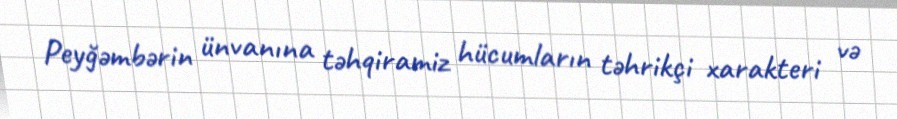
Peyğəmbərin ünvanına təhqiramiz hücumların təhrikçi xarakteri və